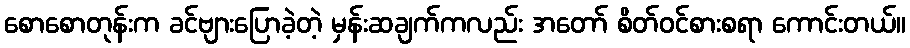
စောစောတုန်းက ခင်ဗျားပြောခဲ့တဲ့ မှန်းဆချက်ကလည်း အတော် စိတ်ဝင်စားစရာ ကောင်းတယ်။